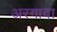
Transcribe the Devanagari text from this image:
अरगादा